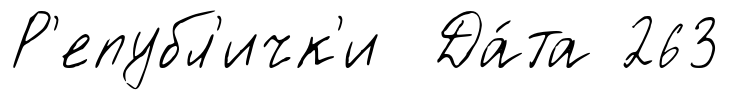
Р'епубл'ичк'и Да́та 263